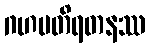
ဂဟပတိရတနဿ